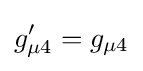
g'_{\mu 4}=g_{\mu 4}